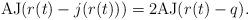
LaTeX: \begin{align*}{\rm AJ}(r(t)-j(r(t)))=2{\rm AJ}(r(t)-q).\end{align*}